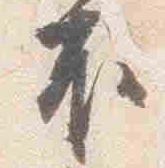
不